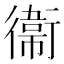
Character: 衞